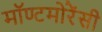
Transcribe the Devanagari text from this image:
मॉण्टमोरेंसी